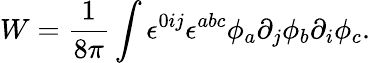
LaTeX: W={\frac{1}{8\pi}}\int\epsilon^{0ij}\epsilon^{abc}\phi_{a}\partial_{j}\phi_{b}\partial_{i}\phi_{c}.